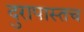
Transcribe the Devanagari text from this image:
दुरापास्तच